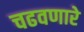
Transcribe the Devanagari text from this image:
चढवणारे